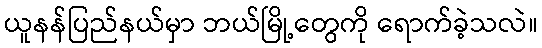
ယူနန်ပြည်နယ်မှာ ဘယ်မြို့တွေကို ရောက်ခဲ့သလဲ။